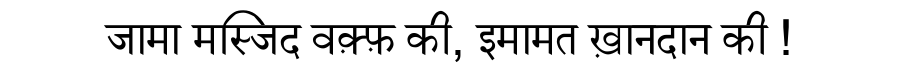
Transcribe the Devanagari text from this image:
जामा मस्जिद वक़्फ़ की, इमामत ख़ानदान की !